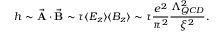
h \sim { \vec { \bf A } \cdot \vec { \bf B } } \sim \tau \langle E _ { z } \rangle \langle B _ { z } \rangle \sim \tau \frac { e ^ { 2 } } { \pi ^ { 2 } } \frac { \Lambda _ { Q C D } ^ { 2 } } { { \xi } ^ { 2 } } .